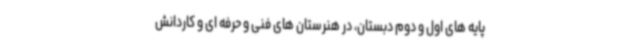
پایه های اول و دوم دبستان، در هنرستان های فنی و حرفه ای و کاردانش